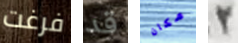
فرغت قد مكان 2